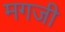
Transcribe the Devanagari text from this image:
मगजी